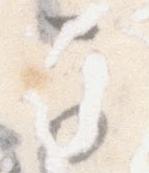
可